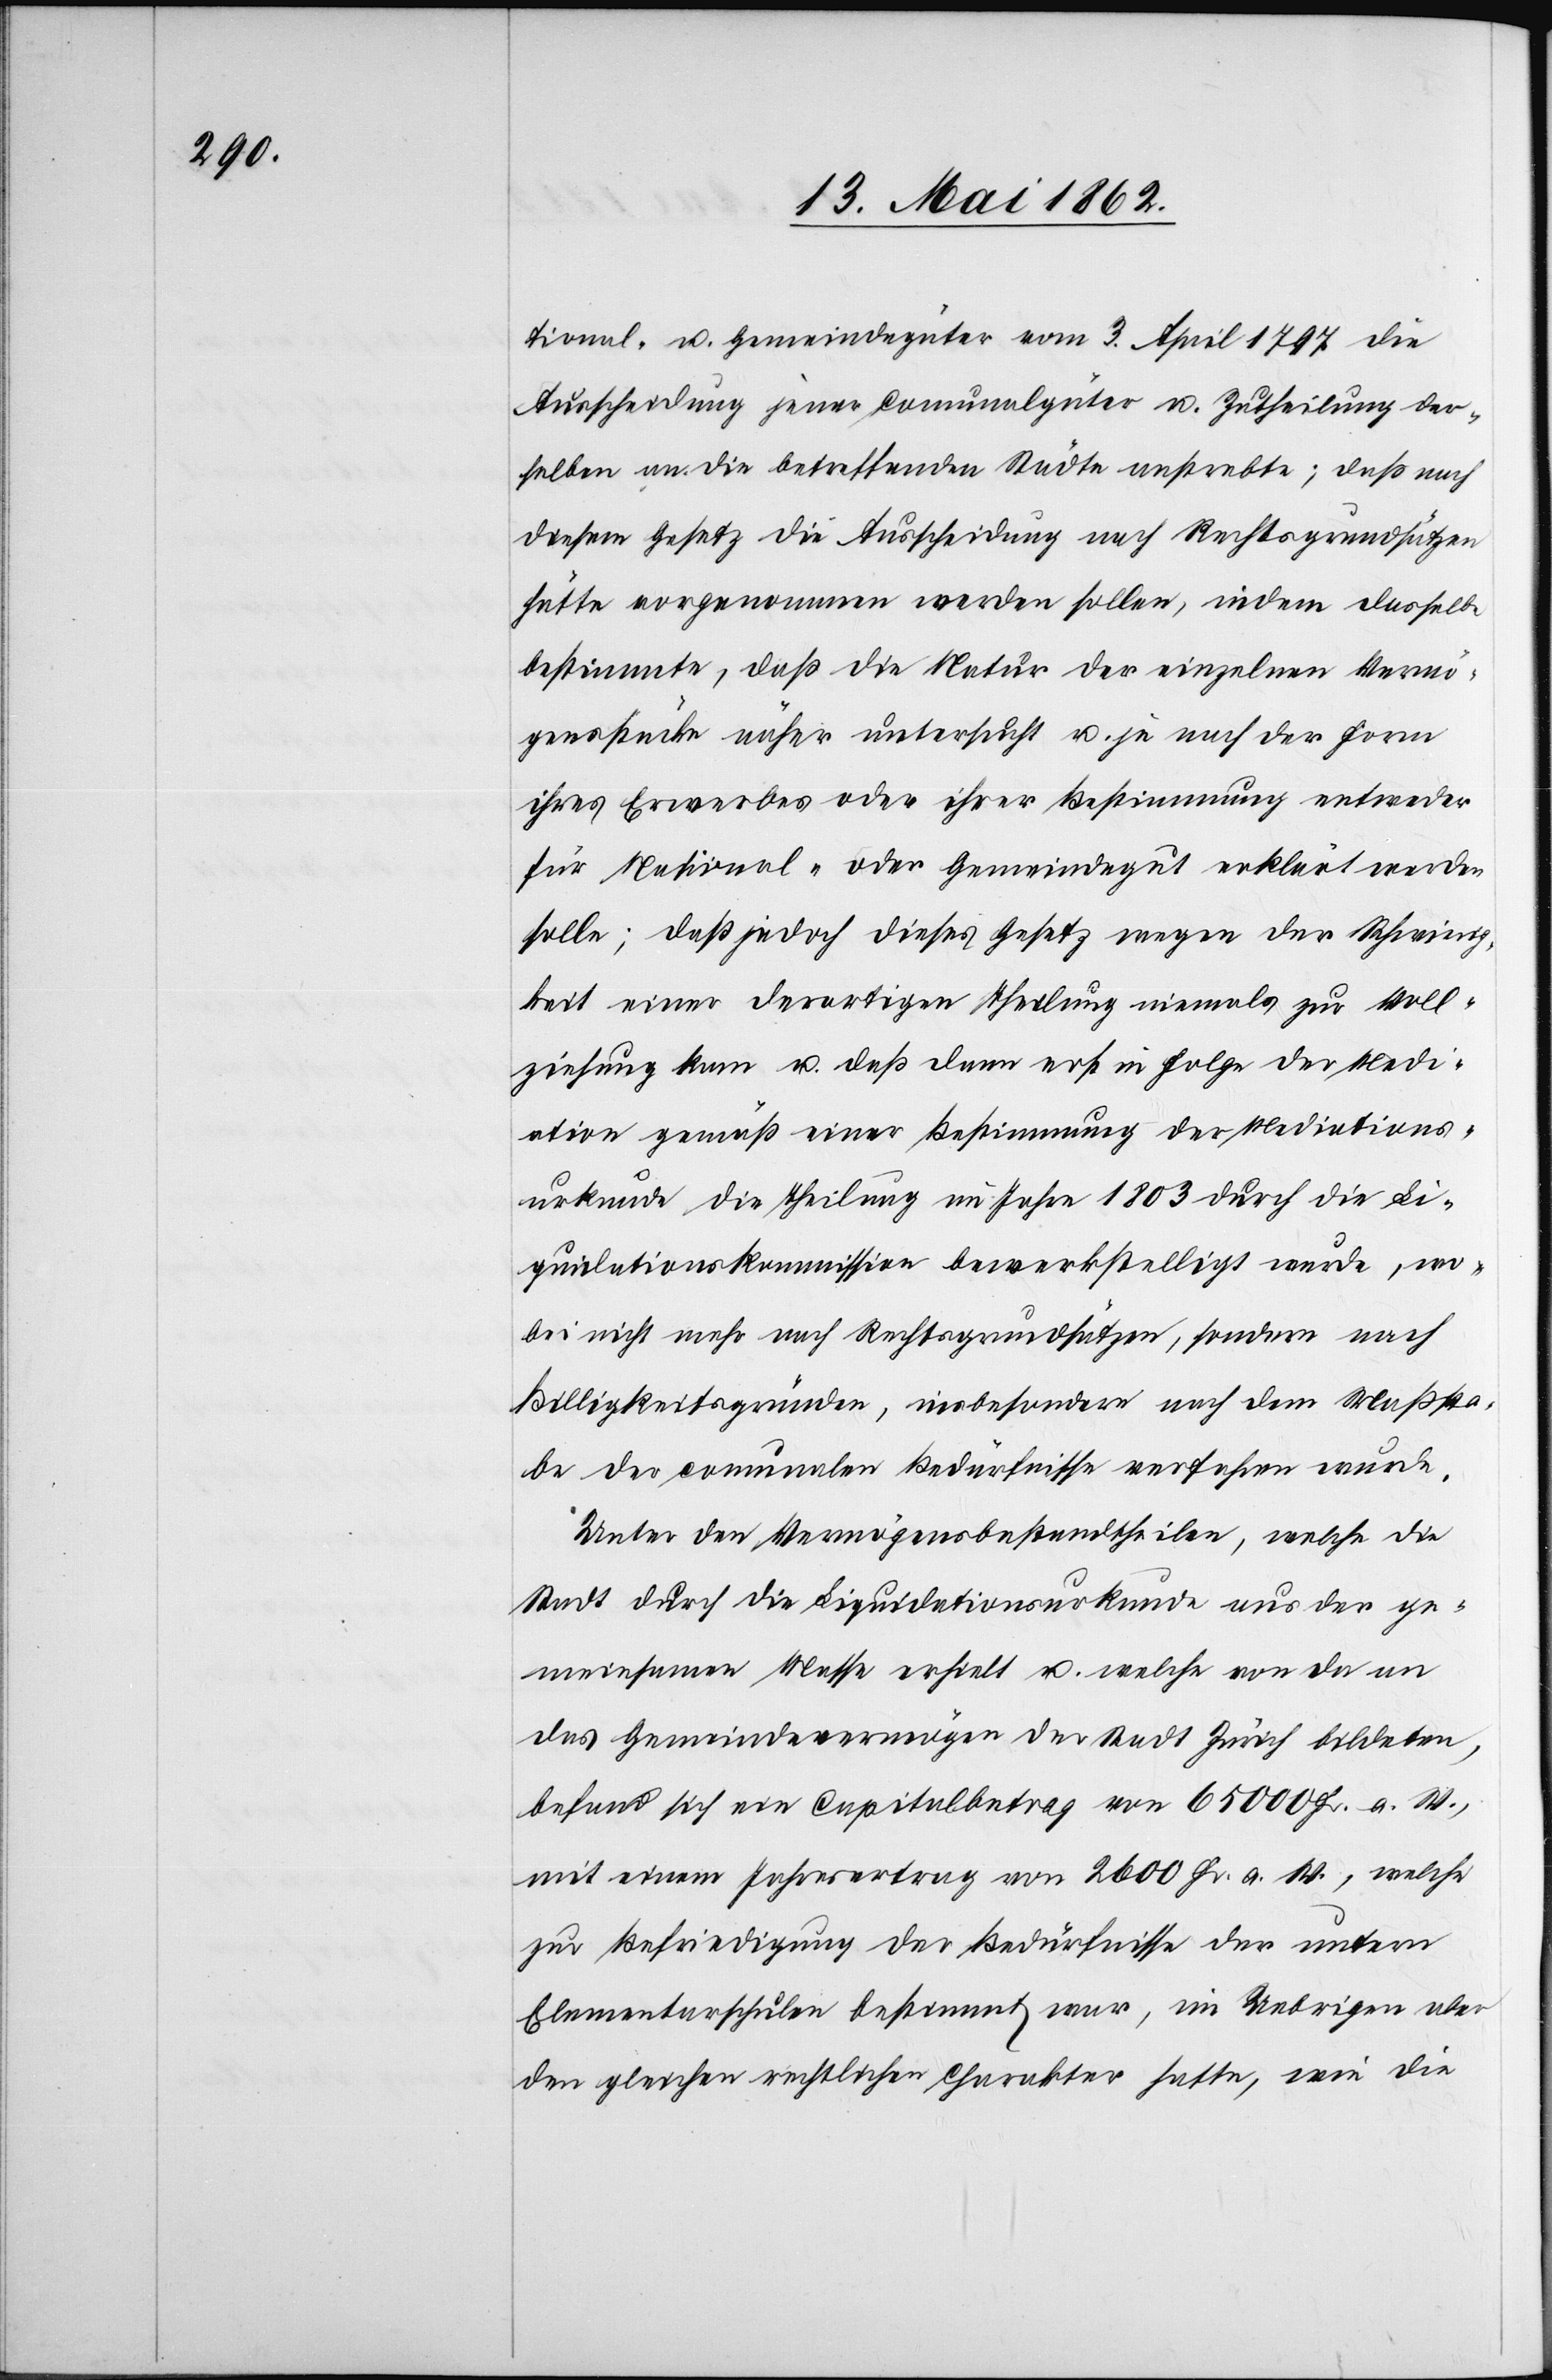
tional- u. Gemeindegüter vom 3. April 1797 die
Ausscheidung jener Comunalgüter u. Zutheilung der¬
selben an die betreffenden Städte anstrebte; daß nach
diesem Gesetz die Ausscheidung nach Rechtsgrundsätzen
hätte vorgenommen werden sollen, indem dasselbe
bestimmte, daß die Natur der einzelnen Vermö¬
gensstücke näher untersucht u. je nach der Form
ihres Erwerbes oder ihrer Bestimmung entweder
für National- oder Gemeindegut erklärt werden
solle; daß jedoch dieses Gesetz wegen der Schwierig¬
keit einer derartigen Theilung niemals zur Voll¬
ziehung kam u. daß dann erst in Folge der Medi¬
ation gemäß einer Bestimmung der Mediations¬
urkunde die Theilung im Jahre 1803 durch die Li¬
quidationskommission bewerkstelligt wurde, wo¬
bei nicht mehr nach Rechtsgrundsätzen, sondern nach
Billigkeitsgründen, insbesondere nach dem Maßsta¬
be der comunalen Bedürfnisse verfahren wurde.
Unter den Vermögensbestandtheilen, welche die
Stadt durch die Liquidationsurkunde aus der ge¬
meinsamen Masse erhielt u. welche von da an
das Gemeindevermögen der Stadt Zürich bildeten,
befand sich ein Capitalertrag von 65 000 Fr. a. W.,
mit einem Jahresertrag von 2600 Fr. a. W., welche
zur Befriedigung der Bedürfnisse der untern
Elementarschulen bestimmt war, im Uebrigen der
den gleichen rechtlichen Charakter hatte, wie die